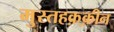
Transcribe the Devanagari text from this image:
मुस्तहक़्क़ीन